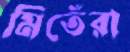
মিতেঁরা